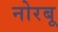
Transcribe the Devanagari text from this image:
नोरबू